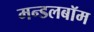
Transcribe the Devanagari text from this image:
मन्डलबॉम